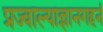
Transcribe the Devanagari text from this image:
प्रज्वाल्याज्ञानगहनं